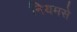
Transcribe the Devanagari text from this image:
नियमसे